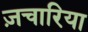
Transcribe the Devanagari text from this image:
ज़चारिया